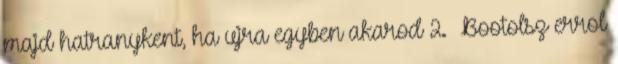
majd hatranykent, ha ujra egyben akarod 2. Bootolsz errol